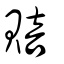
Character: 賠